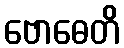
ဗောဓေတိ